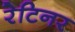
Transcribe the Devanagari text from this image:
रेटिनर